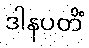
ဒါနပတိံ